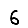
Digit: 6